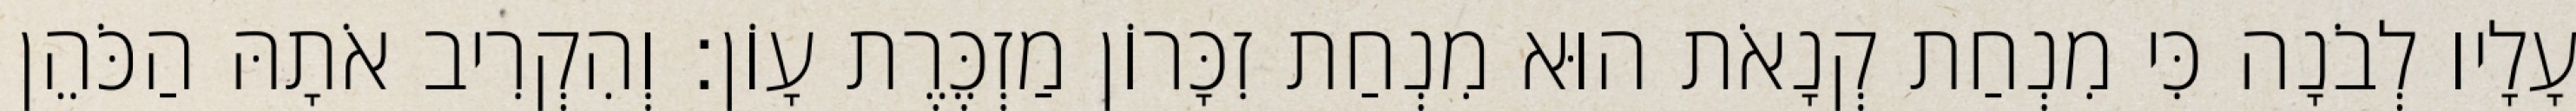
עָלָיו לְבֹנָה כִּי מִנְחַת קְנָאֹת הוּא מִנְחַת זִכָּרוֹן מַזְכֶּרֶת עָוֹן׃ וְהִקְרִיב אֹתָהּ הַכֹּהֵן